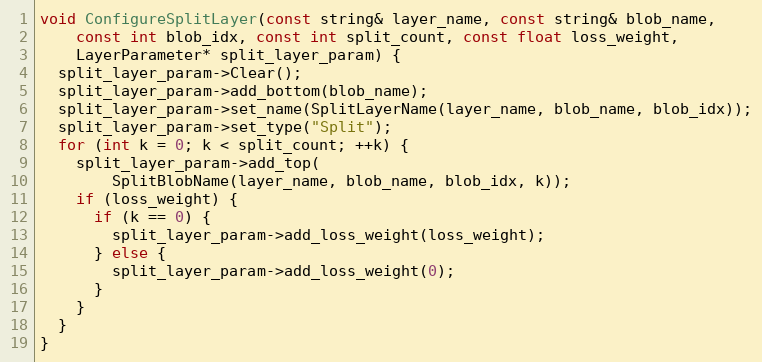
Language: C++
void ConfigureSplitLayer(const string& layer_name, const string& blob_name,
    const int blob_idx, const int split_count, const float loss_weight,
    LayerParameter* split_layer_param) {
  split_layer_param->Clear();
  split_layer_param->add_bottom(blob_name);
  split_layer_param->set_name(SplitLayerName(layer_name, blob_name, blob_idx));
  split_layer_param->set_type("Split");
  for (int k = 0; k < split_count; ++k) {
    split_layer_param->add_top(
        SplitBlobName(layer_name, blob_name, blob_idx, k));
    if (loss_weight) {
      if (k == 0) {
        split_layer_param->add_loss_weight(loss_weight);
      } else {
        split_layer_param->add_loss_weight(0);
      }
    }
  }
}